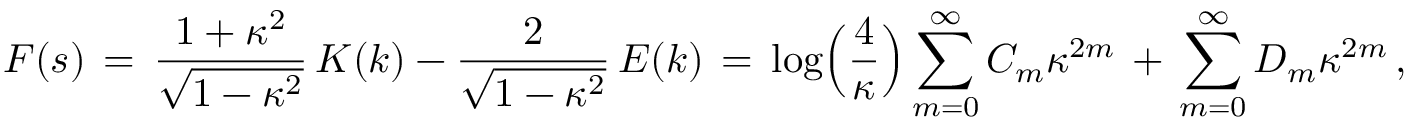
F ( s ) \, = \, \frac { 1 + \kappa ^ { 2 } } { \sqrt { 1 - \kappa ^ { 2 } } } \, K ( k ) - \frac { 2 } { \sqrt { 1 - \kappa ^ { 2 } } } \, E ( k ) \, = \, \log \Bigl ( \frac { 4 } { \kappa } \Bigr ) \sum _ { m = 0 } ^ { \infty } C _ { m } \kappa ^ { 2 m } \, + \, \sum _ { m = 0 } ^ { \infty } D _ { m } \kappa ^ { 2 m } \, ,